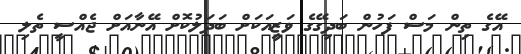
އޭގެ ތިން މަސް ފަހުން ބަދިގޭގެ ވަޒީއަކަށް ބަދަލުކޮށް އޭނާއަށް ޖެއްސީ ތެލި